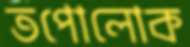
তপোলোক